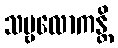
သဗ္ဗလောကန္တိ